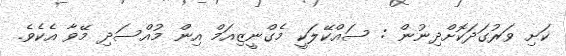
ކަށި ވަރުގަދަކޮށްދިނުން : ސައްކޭލަކީ މެގްނީޒިއަމް އިން މުއްސަދި މޭވާ އެކެވެ.